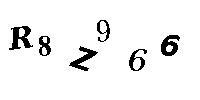
R8Z966